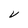
Character: V